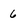
Character: 6